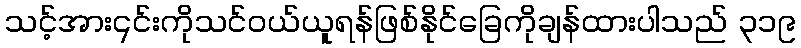
သင့်အား၎င်းကိုသင်ဝယ်ယူရန်ဖြစ်နိုင်ခြေကိုချန်ထားပါသည် ၃၁၉